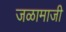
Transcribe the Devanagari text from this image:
जळामाजी